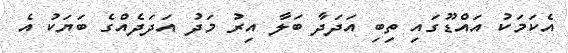
އެކަމަކު އައްޑޫގައި ތިބި އަދަދާ ބަލާ އިރު މަދު އަދަދެއްގެ ބަޔަކު އެ